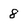
Character: 8